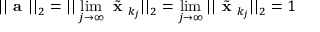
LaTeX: | | { \textbf { a } } | | _ { 2 } = | | \operatorname* { l i m } _ { j \to \infty } { \tilde { \textbf { x } } } _ { k _ { j } } | | _ { 2 } = \operatorname* { l i m } _ { j \to \infty } | | { \tilde { \textbf { x } } } _ { k _ { j } } | | _ { 2 } = 1